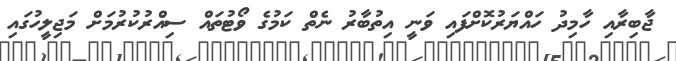
ޖާބިރާއި ހާމިދު ހައްޔަރުކޮށްފައި ވަނީ އިތުބާރު ނެތް ކަމުގެ ވޯޓުތައް ސިއްރުކުރުމަށް މަޖިލީހުގައި